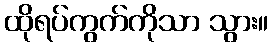
ထိုရပ်ကွက်ကိုသာ သွား။